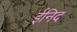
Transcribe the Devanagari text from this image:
ईनिद